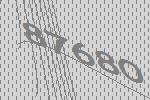
87680